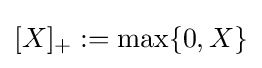
[X]_{+}:=\max\{0,X\}